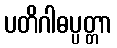
ပတိဂါဓပ္ပတ္တာ